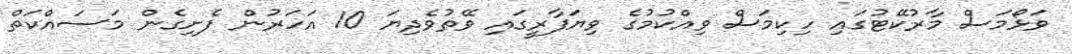
ވަޅޯމަސް މާރުކޭޓުގައި ހިކިމަސް ވިއްކުމުގެ ވިޔަފާރީގައި ވޭތުވެދިޔަ 10 އަހަރުން ފެށިގެން މަސައްކަތް